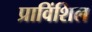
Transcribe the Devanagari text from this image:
प्राविंशिल